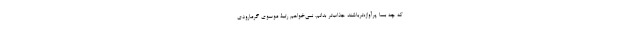
که چه بسا پرآوازه‌ترباشند جذاب‌تر بدانم. نمی‌خواهم رتبۀ موسوی گرمارودی